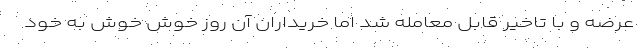
عرضه و با تاخیر قابل معامله شد اما خریداران آن روز خوش خوش به خود